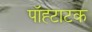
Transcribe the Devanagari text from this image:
पॉह्टाटक